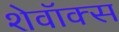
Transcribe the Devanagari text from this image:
शेवॉक्स